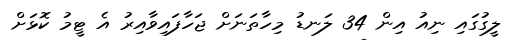
ލީގުގައި ނިއު އިން 34 ލަނޑު މިހާތަނަށް ޖަހާފައިވާއިރު އެ ޓީމު ކޮޅަށް